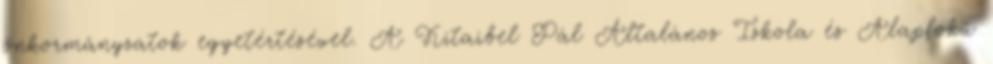
önkormányzatok egyetértésével. A Kitaibel Pál Általános Iskola és Alapfokú